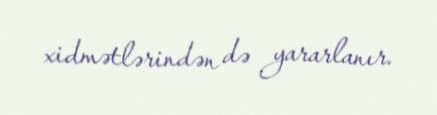
xidmətlərindən də yararlanır.